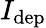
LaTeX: I_{\mathrm{dep}}